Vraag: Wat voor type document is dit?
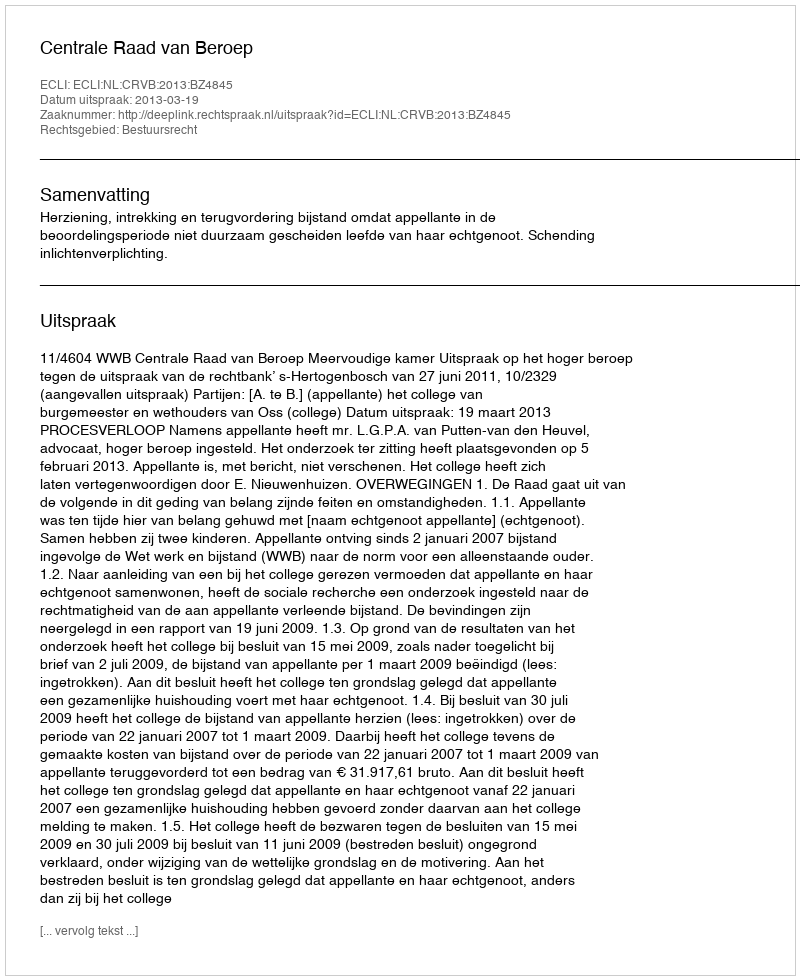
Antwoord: Uitspraak